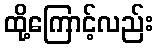
ထို့ကြောင့်လည်း